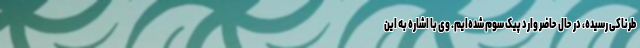
طرناکی رسیده، در حال حاضر وارد پیک سوم شده‌ایم. وی با اشاره به این